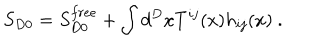
LaTeX: S _ { D 0 } = S _ { D 0 } ^ { f r e e } + \int d ^ { D } x T ^ { i j } ( x ) h _ { i j } ( x ) ~ .